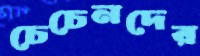
চেচেনদের